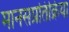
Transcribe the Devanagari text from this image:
मानसप्रतिक्रिया